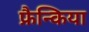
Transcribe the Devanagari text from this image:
फ्रैन्किया